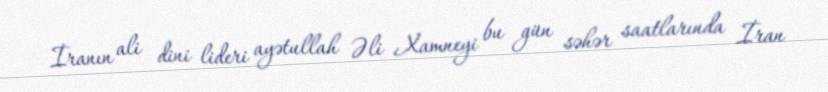
İranın ali dini lideri ayətullah Əli Xamneyi bu gün səhər saatlarında İran